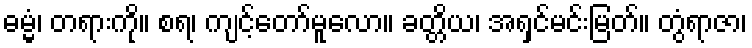
ဓမ္မံ၊ တရားကို။ စရ၊ ကျင့်တော်မူလော။ ခတ္တိယ၊ အရှင်မင်းမြတ်။ တွံရာဇာ၊